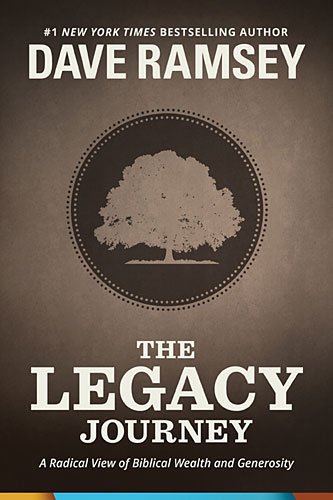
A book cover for The Legacy Journey: A Radical View of Biblical Wealth and Generosity; Dave Ramsey; Christian Books & Bibles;